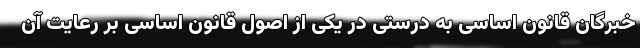
خبرگان قانون اساسی به درستی در یکی از اصول قانون اساسی بر رعایت آن